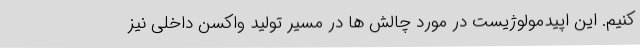
کنیم. این اپیدمولوژیست در مورد چالش ها در مسیر تولید واکسن داخلی نیز